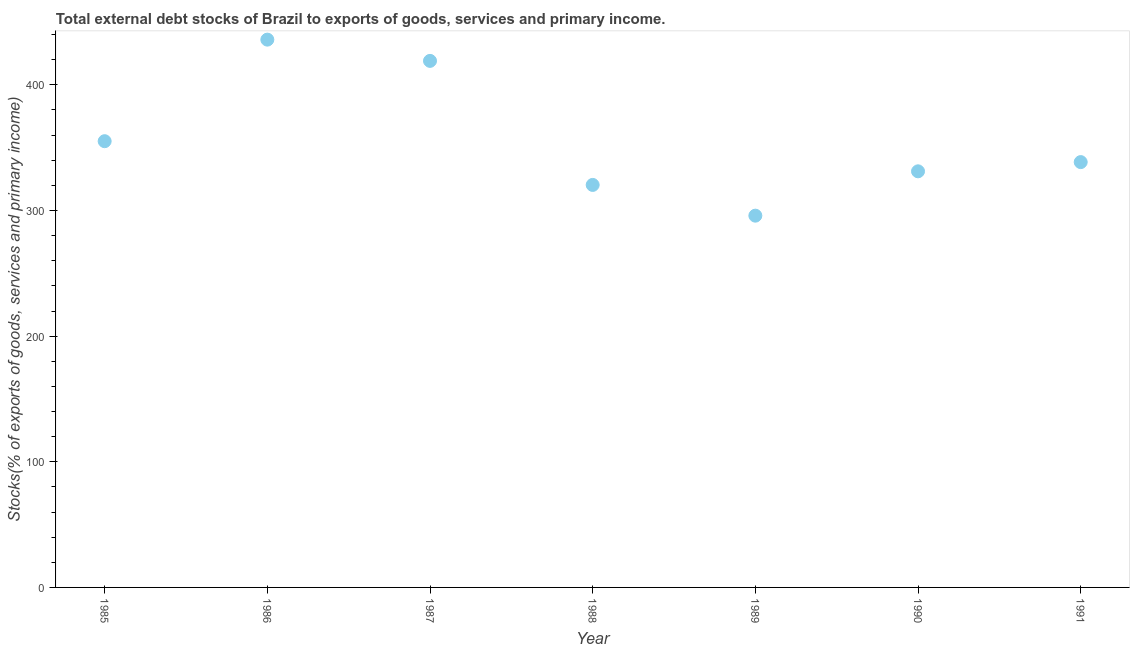
| Year | External debt stocks (% of exports of goods |
 | --- | --- |
 | 1985 | 355 |
 | 1986 | 436 |
 | 1987 | 419 |
 | 1988 | 320 |
 | 1989 | 296 |
 | 1990 | 331 |
 | 1991 | 339 |